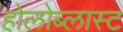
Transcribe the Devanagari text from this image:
होलोब्लास्ट